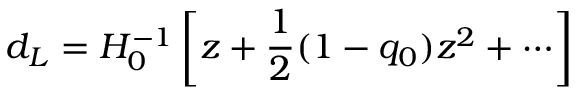
d _ { L } = H _ { 0 } ^ { - 1 } \left[ z + \frac { 1 } { 2 } ( 1 - q _ { 0 } ) z ^ { 2 } + \cdots \right]